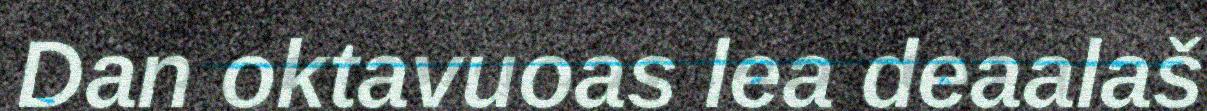
Dan oktavuoas lea deaalaš